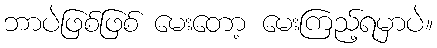
ဘာပဲဖြစ်ဖြစ် မေးတော့ မေးကြည့်ရမှာပဲ။